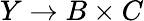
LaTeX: Y\rightarrow B\times C